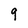
Character: 9